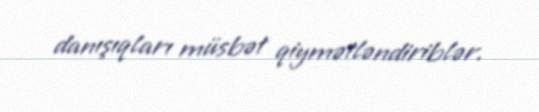
danışıqları müsbət qiymətləndiriblər.